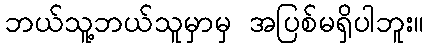
ဘယ်သူ့ဘယ်သူမှာမှ အပြစ်မရှိပါဘူး။